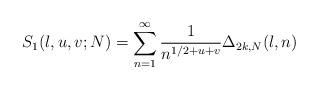
LaTeX: \begin{align*}S_1(l,u,v;N)= \sum_{n=1}^{\infty}\frac{1}{n^{1/2+u+v}}\Delta_{2k,N}(l,n)\end{align*}